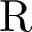
\mathrm { R }